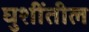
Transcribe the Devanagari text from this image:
घुशींतील